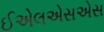
ઈએલએસએસ